Report of the Municipal Commissioner on the plague in Bombay for the year ending 31st May... - Volume 1
Disease focus: Plague
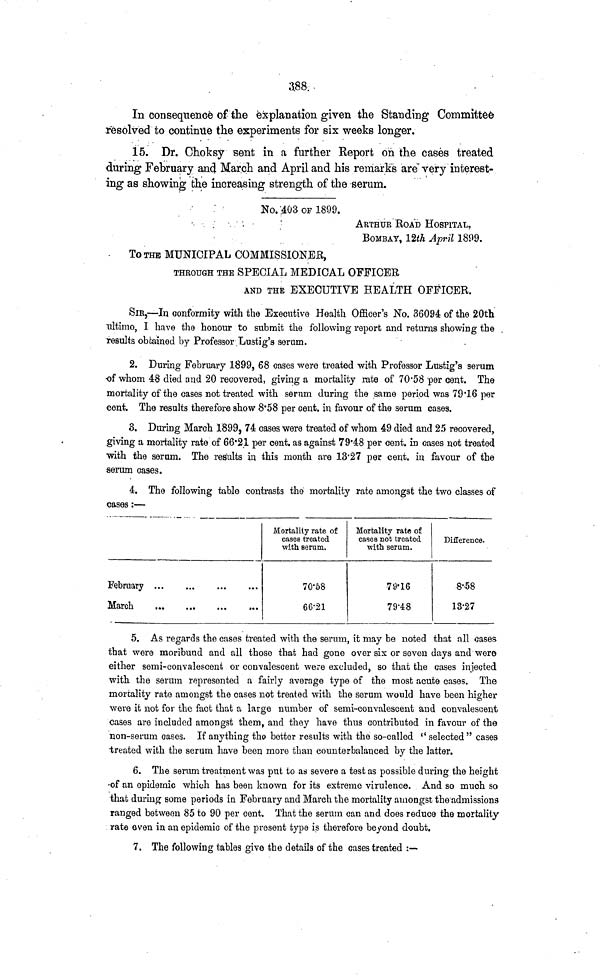
388.
In consequence of the explanation given the Standing Committee
resolved to continue the experiments for six weeks longer.
15. Dr. Choksy sent in a further Report on the cases treated
during February ancj. March and April and his remarks are very interest-
ing as showing the increasing strength of the serum.
No. 403 OF 1899.
ARTHUR ROAD HOSPITAL.
BOMBAY, 12th April 1899.
To THE MUNICIPAL COMMISSIONER,
THROUGH THE SPECIAL MEDICAL OFFICER
AND THE EXECUTIVE HEALTH OFFICER.
SIR,—In conformity with the Executive Health Officer's No. 36094 of the 20th
ultimo, I have the honour to submit the following report and returns showing the
results obtained by Professor Lustig's serum.
2. During February 1899, 68 cases were treated with Professor Lustig's serum
of whom 48 died and 20 recovered, giving a mortality rate of 70*58 per cent. The
mortality of the cases not treated with serum during the same period was 79'16 per
cent. The results therefore show 8'58 per cent, in favour of the serum cases.
3. During March 1899, 74 cases were treated of whom 49 died and 25 recovered,
giving a mortality rate of 66*21 per cent, as against 79'4S per cent, in cases not treated
•with the serum. The results in this month are 13*27 per cent, in favour of the
serum cases.
4. The following table contrasts the mortality rate amongst the two classes of
cases:—
February
March
Mortality rate of
cases treated
with serum.
70*58
66-21
Mortality rate of
cases not treated
with serum.
79-16
79-48
Difference.
·8··58
13-27
5. As regards the cases treated with the serum, it may be noted that all cases
that were moribund and all those that had gone over six or seven days and were
either semi-convalescent or convalescent were excluded, so that the cases injected
with the serum represented a fairly average type of the most acute cases. The
mortality rate amongst the cases not treated with the serum would have been higher
were it not for the fact that a large number of semi-convalescent and convalescent
cases are included amongst them, and they have thus contributed in favour of the
non-serum cases. If anything the better results with the so-called " selected " cases
treated with the serum have been more than counterbalanced by the latter.
6. The serum treatment was put to as severe a test as possible during the height
of an epidemic which has been known for its extreme virulence. And so much so
that during some periods in February and March the mortality amongst the admissions
ranged between 85 to 90 per cent. That the serum can and does reduce the mortality
rate even in an epidemic of the present type is therefore beyond doubt.
7. The following tables give the details of the cases treated :—·